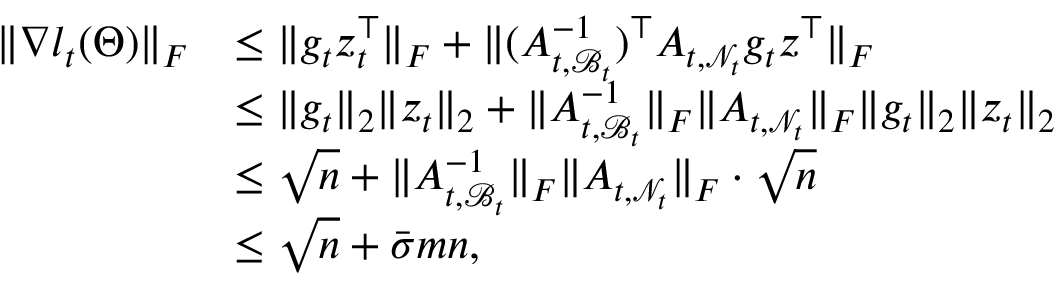
\begin{array} { r l } { \| \nabla l _ { t } ( \Theta ) \| _ { F } } & { \leq \| g _ { t } z _ { t } ^ { \top } \| _ { F } + \| ( { A } _ { t , \mathcal { B } _ { t } } ^ { - 1 } ) ^ { \top } { A } _ { t , \mathcal { N } _ { t } } { g } _ { t } { z } ^ { \top } \| _ { F } } \\ & { \leq \| g _ { t } \| _ { 2 } \| z _ { t } \| _ { 2 } + \| { A } _ { t , \mathcal { B } _ { t } } ^ { - 1 } \| _ { F } \| { A } _ { t , \mathcal { N } _ { t } } \| _ { F } \| g _ { t } \| _ { 2 } \| z _ { t } \| _ { 2 } } \\ & { \leq \sqrt { n } + \| { A } _ { t , \mathcal { B } _ { t } } ^ { - 1 } \| _ { F } \| { A } _ { t , \mathcal { N } _ { t } } \| _ { F } \cdot \sqrt { n } } \\ & { \leq \sqrt { n } + \bar { \sigma } m n , } \end{array}